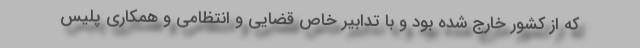
که از کشور خارج شده بود و با تدابیر خاص قضایی و انتظامی و همکاری پلیس